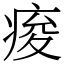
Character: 痠